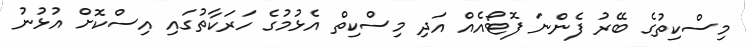
މިސްކިތުގެ ބޭރު ފެންނަ ފޮޓޯއެއް އަދި މިސްކިތް އެޅުމުގެ ހަރަކާތުގައި އިސްކޮށް އުޅުނު